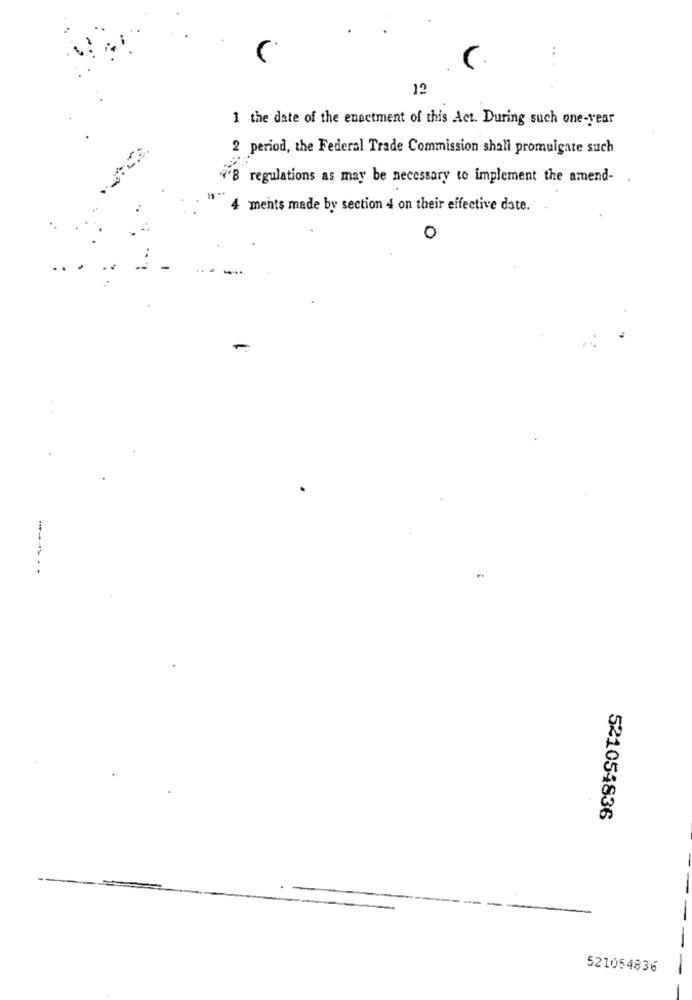
12
1 the date of the enactment of this Act. During such one-year
2 period, the Federal Trade Commission shall promulgate such
N'B regulations as may be necessary to implement the amend-
4 ments made by section 4 on their effective date.
0
-
---.
...
521054836
521054836
---